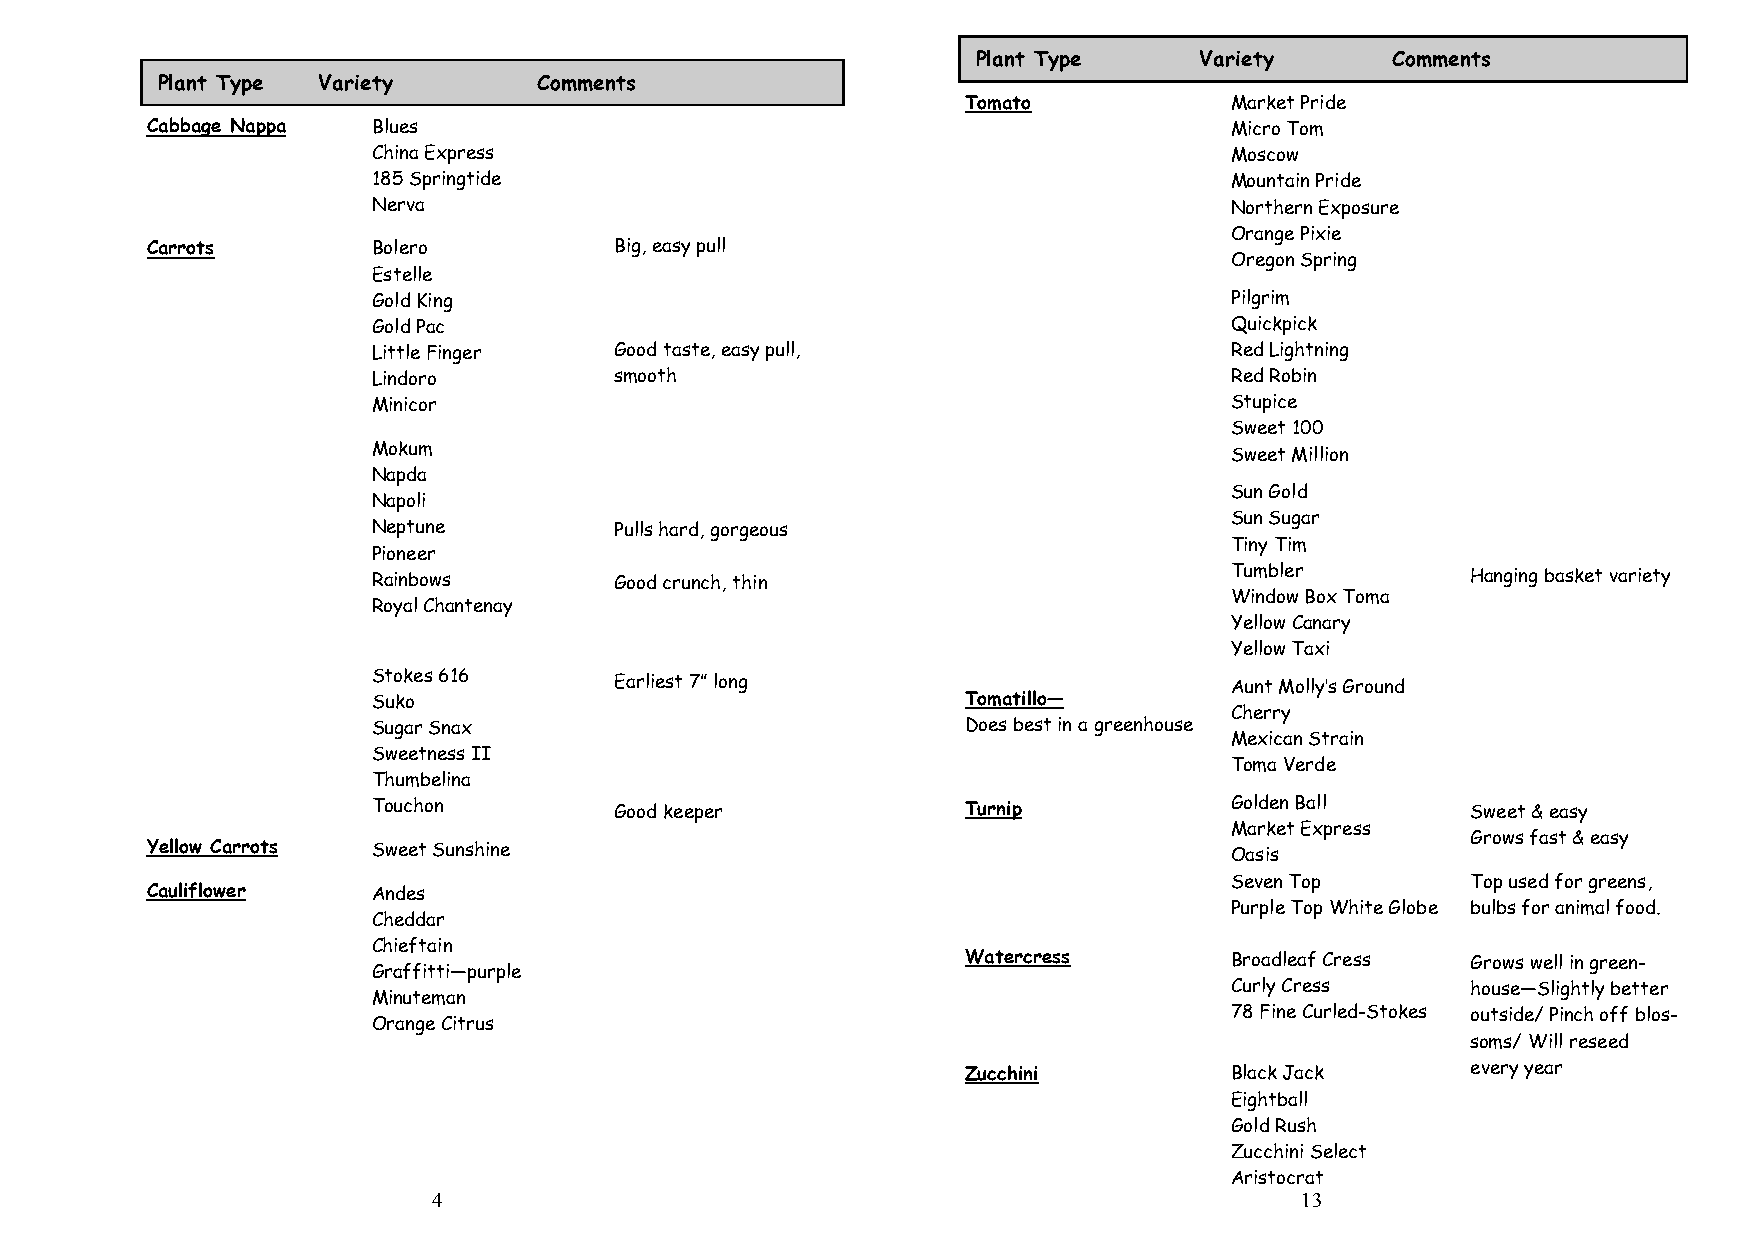
Plant Type    Variety      Comments
 Plant Type Variety        Comments
 Tomato           Market Pride
 Cabbage Nappa  Blues                                                   Micro Tom
 China Express                                           Moscow
 185 Springtide                                          Mountain Pride
 Nerva                                                   Northern Exposure
 Orange Pixie
 Carrots        Bolero          Big, easy pull
 Oregon Spring
 Estelle
 Gold King                                               Pilgrim
 Gold Pac                                                Quickpick
 Little Finger   Good taste, easy pull,                  Red Lightning
 Lindoro         smooth                                  Red Robin
 Minicor                                                 Stupice
 Sweet 100
 Mokum                                                   Sweet Million
 Napda
 Napoli
 Sun Gold
 Neptune         Pulls hard, gorgeous
 Sun Sugar
 Pioneer
 Tiny Tim
 Rainbows        Good crunch, thin                       Tumbler         Hanging basket variety
 Royal Chantenay
 Window Box Toma
 Yellow Canary
 Yellow Taxi
 S
 S
 St
 u
 uo
 k
 gk aoe
 r
 s
 S
 6 n1 a6
 x
 E arliest 7” long
 T Do om esa t bi ell so t—
 in a greenhouse
 A
 C
 Mhu een xrt
 ir
 cM
 y
 a
 no l Sly t’s
 r
 aG inr ound
 Sweetness II
 Toma Verde
 Thumbelina
 Touchon         Good keeper            Turnip           Golden Ball     Sweet & easy
 Market Express
 Grows fast & easy
 Y ellow Carrots S weet Sunshine                                        Oasis
 Seven Top       Top used for greens,
 Cauliflower    Andes
 Purple Top White Globe bulbs for animal food.
 Cheddar
 Chieftain
 Watercress       Broadleaf Cress Grows well in green-
 Graffitti—purple
 Curly Cress     house—Slightly better
 Minuteman
 Orange Citrus
 78 Fine Curled-Stokes outside/ Pinch off blos-
 soms/ Will reseed
 Zucchini         Black Jack      every year
 Eightball
 Gold Rush
 Zucchini Select
 Aristocrat
 4                                                        13